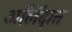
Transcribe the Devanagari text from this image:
अलिंदात